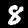
Digit: 8